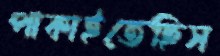
পাকাইতেছিস